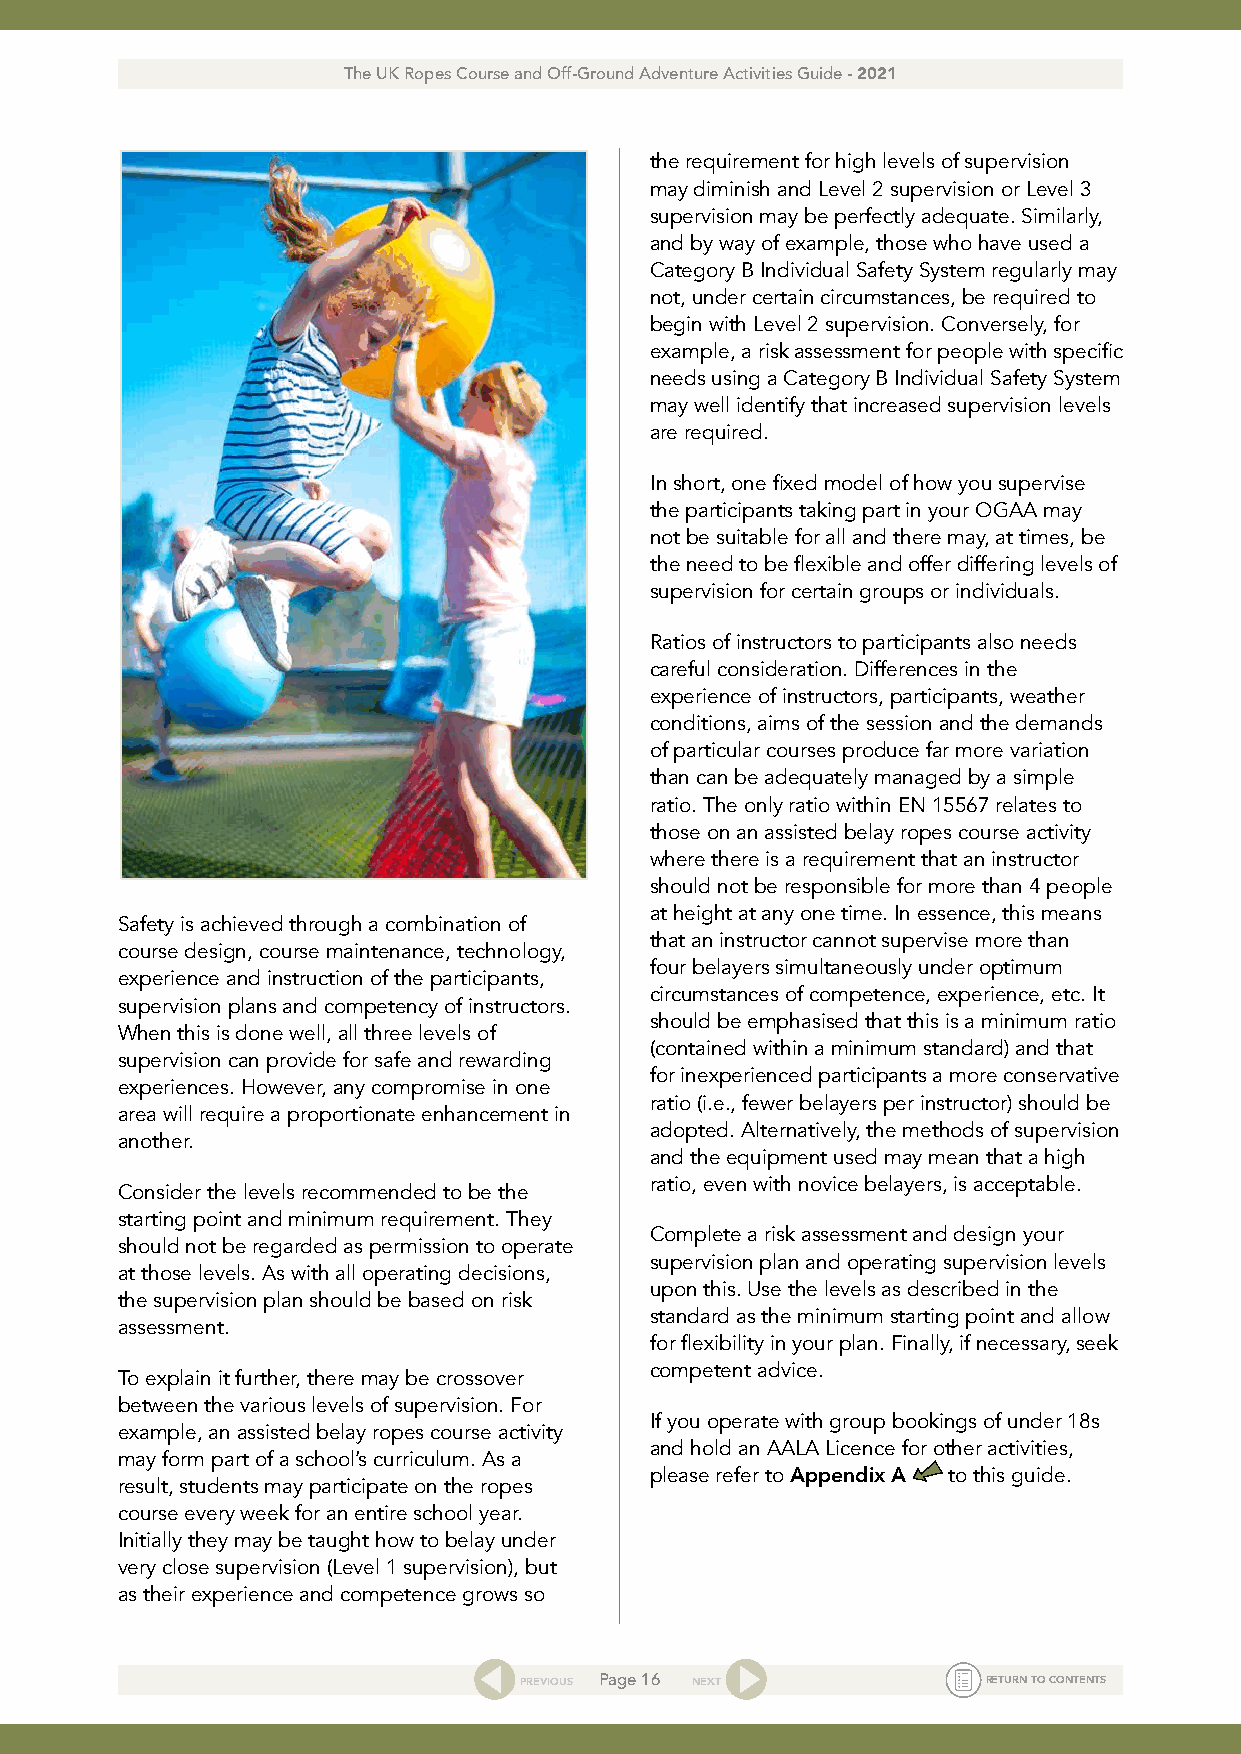
The UK Ropes Course and Off-Ground Adventure Activities Guide - 2021
 the requirement for high levels of supervision
 may diminish and Level 2 supervision or Level 3
 supervision may be perfectly adequate. Similarly,
 and by way of example, those who have used a
 Category B Individual Safety System regularly may
 not, under certain circumstances, be required to
 begin with Level 2 supervision. Conversely, for
 example, a risk assessment for people with specific
 needs using a Category B Individual Safety System
 may well identify that increased supervision levels
 are required.
 In short, one fixed model of how you supervise
 the participants taking part in your OGAA may
 not be suitable for all and there may, at times, be
 the need to be flexible and offer differing levels of
 supervision for certain groups or individuals.
 Ratios of instructors to participants also needs
 careful consideration. Differences in the
 experience of instructors, participants, weather
 conditions, aims of the session and the demands
 of particular courses produce far more variation
 than can be adequately managed by a simple
 ratio. The only ratio within EN 15567 relates to
 those on an assisted belay ropes course activity
 where there is a requirement that an instructor
 should not be responsible for more than 4 people
 at height at any one time. In essence, this means
 Safety is achieved through a combination of
 that an instructor cannot supervise more than
 course design, course maintenance, technology,
 four belayers simultaneously under optimum
 experience and instruction of the participants,
 circumstances of competence, experience, etc. It
 supervision plans and competency of instructors.
 should be emphasised that this is a minimum ratio
 When this is done well, all three levels of
 (contained within a minimum standard) and that
 supervision can provide for safe and rewarding
 for inexperienced participants a more conservative
 experiences. However, any compromise in one
 ratio (i.e., fewer belayers per instructor) should be
 area will require a proportionate enhancement in
 adopted. Alternatively, the methods of supervision
 another.
 and the equipment used may mean that a high
 ratio, even with novice belayers, is acceptable.
 Consider the levels recommended to be the
 starting point and minimum requirement. They
 Complete a risk assessment and design your
 should not be regarded as permission to operate
 supervision plan and operating supervision levels
 at those levels. As with all operating decisions,
 upon this. Use the levels as described in the
 the supervision plan should be based on risk
 standard as the minimum starting point and allow
 assessment.
 for flexibility in your plan. Finally, if necessary, seek
 competent advice.
 To explain it further, there may be crossover
 between the various levels of supervision. For
 If you operate with group bookings of under 18s
 example, an assisted belay ropes course activity
 and hold an AALA Licence for other activities,
 may form part of a school’s curriculum. As a
 please refer to Appendix A to this guide.
 result, students may participate on the ropes
 course every week for an entire school year.
 Initially they may be taught how to belay under
 very close supervision (Level 1 supervision), but
 as their experience and competence grows so
 PREVIOUS Page 16 NEXT          RETURN TO CONTENTS